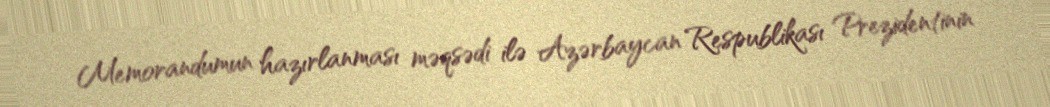
Memorandumun hazırlanması məqsədi ilə Azərbaycan Respublikası Prezidentinin